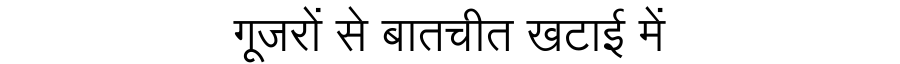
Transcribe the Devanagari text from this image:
गूजरों से बातचीत खटाई में